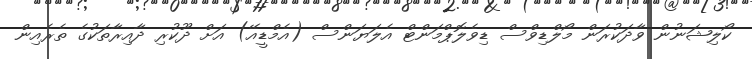
ކޯލިޝަނުން ވާދަކުރަން މޯލްޑިވްސް ޑިވެލޮޕްމަންޓް އެލަޔަންސް (އެމްޑީއޭ) އަށް ދޫކުރި ދާއިރާތަކުގެ ތެރެއިން